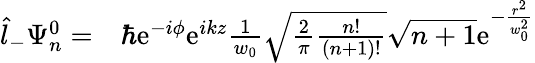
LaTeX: \begin{array}{rl}{\hat{l}_{-}\Psi_{n}^{0}=}&{{}\hbar\mathrm{e}^{-i\phi}\mathrm{e}^{ikz}\frac{1}{w_{0}}\sqrt{\frac{2}{\pi}\frac{n!}{(n+1)!}}\sqrt{n+1}\mathrm{e}^{-\frac{r^{2}}{w_{0}^{2}}}}\end{array}